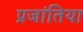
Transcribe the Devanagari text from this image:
प्रजांतिया